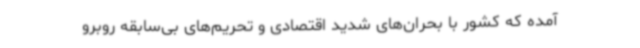
آمده که کشور با بحران‌های شدید اقتصادی و تحریم‌های بی‌سابقه روبرو